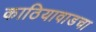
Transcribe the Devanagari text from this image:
काठियावाडचा